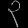
Digit: ၃